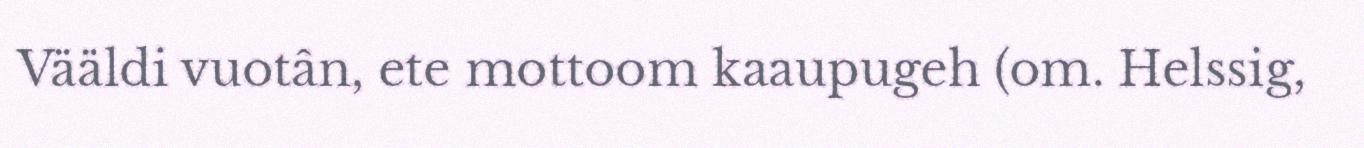
Vääldi vuotân, ete mottoom kaaupugeh (om. Helssig,